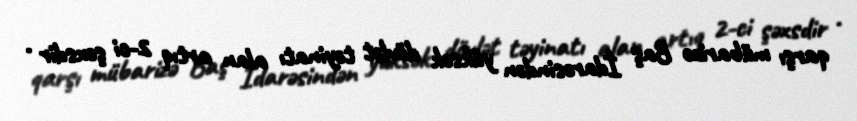
qarşı mübarizə Baş İdarəsindən yüksək dövlət təyinatı alan artıq 2-ci şəxsdir .